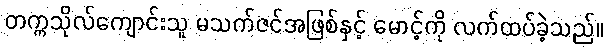
တက္ကသိုလ်ကျောင်းသူ မသက်ဇင်အဖြစ်နှင့် မောင့်ကို လက်ထပ်ခဲ့သည်။